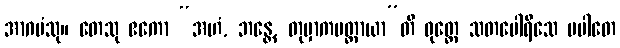
အာဂမံသု။ တေသု ဧကော “အဟံ, ဘန္တေ, တုမှာကမတ္ထာယာ”တိ ဝုတ္တေ သတပေါရိသေ ပပါတေ